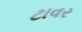
ટાવર